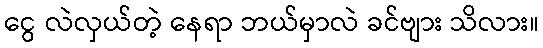
ငွေ လဲလှယ်တဲ့ နေရာ ဘယ်မှာလဲ ခင်ဗျား သိလား။